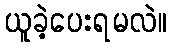
ယူခဲ့ပေးရမလဲ။